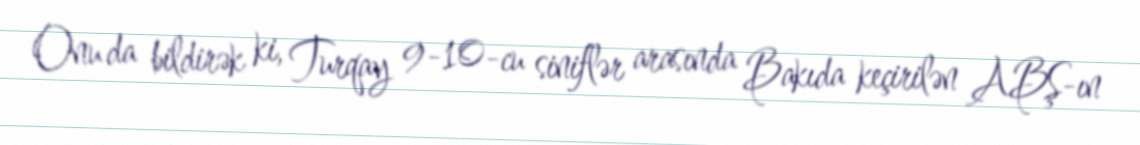
Onu da bildirək ki, Turqay 9-10-cu siniflər arasında Bakıda keçirilən ABŞ-ın